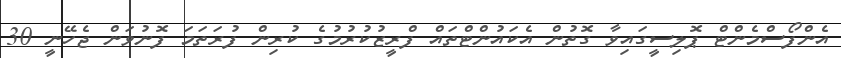
އެންފޯސްމެންޓް ޕޮލިސީގައިވާ ގޮތުން އެކައުންޓްތައް ފްރީޒުކުރުމުގެ ކުރިން ފުރަތަމަ ފޮނުވަން ޖެހޭނީ 30